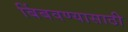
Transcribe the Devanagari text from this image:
बिंबवण्यासाठी